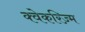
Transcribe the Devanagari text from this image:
क्वेकरिज़्म